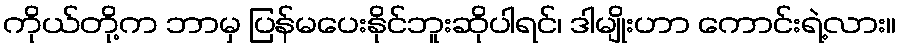
ကိုယ်တို့က ဘာမှ ပြန်မပေးနိုင်ဘူးဆိုပါရင်၊ ဒါမျိုးဟာ ကောင်းရဲ့လား။